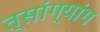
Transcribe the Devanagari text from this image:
त्सांग्यांग